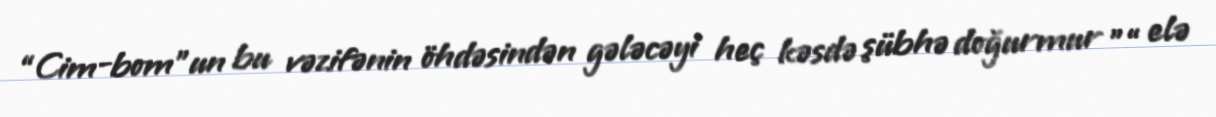
“Cim-bom”un bu vəzifənin öhdəsindən gələcəyi heç kəsdə şübhə doğurmur ”“ elə